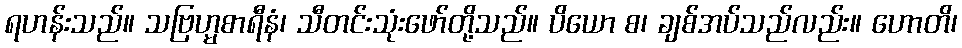
ရဟန်းသည်။ သဗြဟ္မစာရီနံ၊ သီတင်းသုံးဖော်တို့သည်။ ပိယော စ၊ ချစ်အပ်သည်လည်း။ ဟောတိ၊